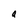
Character: a